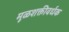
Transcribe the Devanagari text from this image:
मूळशक्तीवर्धक